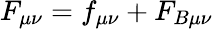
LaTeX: F_{\mu\nu}=f_{\mu\nu}+F_{B\mu\nu}